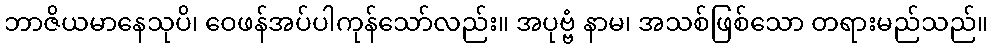
ဘာဇိယမာနေသုပိ၊ ဝေဖန်အပ်ပါကုန်သော်လည်း။ အပုဗ္ဗံ နာမ၊ အသစ်ဖြစ်သော တရားမည်သည်။